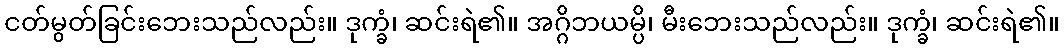
ငတ်မွတ်ခြင်းဘေးသည်လည်း။ ဒုက္ခံ၊ ဆင်းရဲ၏။ အဂ္ဂိဘယမ္ပိ၊ မီးဘေးသည်လည်း။ ဒုက္ခံ၊ ဆင်းရဲ၏။